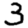
Digit: 3